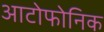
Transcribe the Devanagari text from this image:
आटोफोनिक